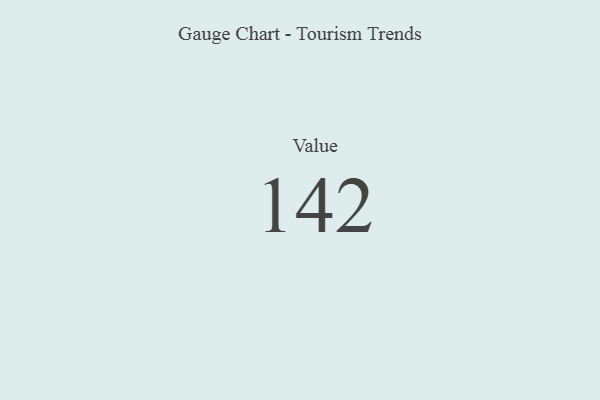
{"axis": {"x": "Metric", "y": "Value"}, "legend": [""], "data": [{"x": "Value", "y": 142, "type": ""}]}